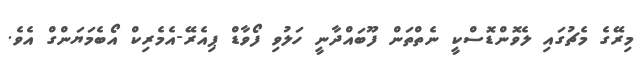
މިރޭގެ މެޗުގައި ލެވޮންޑޮސްކީ ނެތްތަން ފޫބައްދާނީ ހަލުވި ފޯވާޑް ޕިއެރޭ-އެމެރިކް އޯބެމަޔަންގް އެވެ.